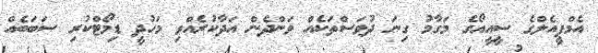
އެމްޕީއެލްގެ ސީއީއޯގެ މަގާމު ގިނަ ދުވަސްތަކެއް ވަންދެން އަދާކުރެއްވި މަހުދީ ޑިމޯޓްކުރި ސަބަބެއް